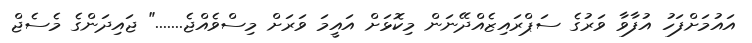
އައުމަށްފަހު އުފާވާ ވަރުގެ ސަޕްރައިޒެއްދޭނަން މިކޮޅަށް އައީމަ ވަރަށް މިސްވެއްޖެ......." ޖައިދަންގެ މެސެޖް